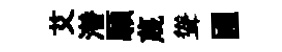
艾潜願蔑聳圃